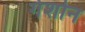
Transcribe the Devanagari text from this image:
गेर्शोन